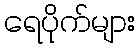
ရေပိုက်များ